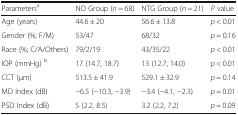
<table><thead><tr><td><b>Parameters<sup>a</sup></b></td><td><b>NO Group (<i>n</i> = 68)</b></td><td><b>NTG Group (<i>n</i> = 21)</b></td><td><b><i>P</i> value</b></td></tr></thead><tbody><tr><td>Age (years)</td><td>44.6 ± 20</td><td>56.6 ± 13.8</td><td><i>p</i> &lt; 0.01</td></tr><tr><td>Gender (%; F/M)</td><td>53/47</td><td>68/32</td><td><i>p</i> = 0.16</td></tr><tr><td>Race (%; C/A/Others)</td><td>79/2/19</td><td>43/35/22</td><td><i>p</i> &lt; 0.01</td></tr><tr><td>IOP (mmHg) <sup>b</sup></td><td>17 (14.7, 18.7)</td><td>13 (12.7, 14.0)</td><td><i>p</i> &lt; 0.01</td></tr><tr><td>CCT (μm)</td><td>513.5 ± 41.9</td><td>529.1 ± 32.9</td><td><i>p</i> = 0.14</td></tr><tr><td>MD Index (dB)</td><td>−6.5 (−10.3, −3.9)</td><td>−3.4 (−4.1, −2.3)</td><td><i>p</i> = 0.01</td></tr><tr><td>PSD Index (dB)</td><td>5 (2.2, 8.5)</td><td>3.2 (2.2, 7.2)</td><td><i>p</i> = 0.09</td></tr></tbody></table>